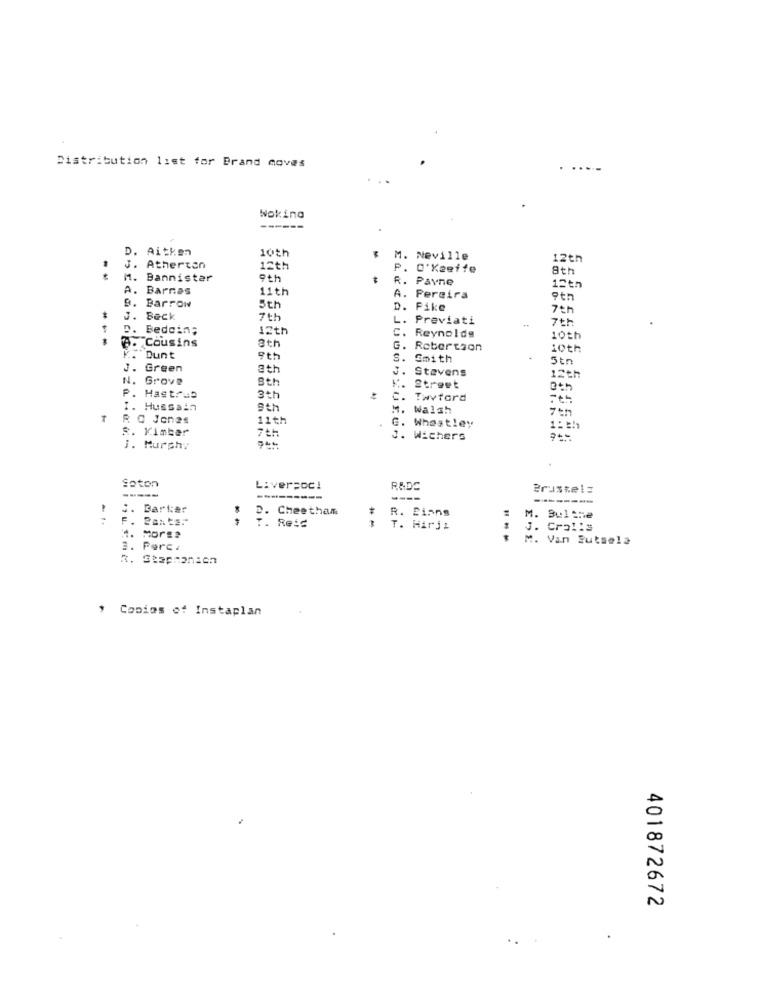
Distribution list for Brand moves
Woking
------
D. Aitken
10th
. Neville
12th
J. Atherton
12th
P. O'Keeffe
8th
- -
M. Bannister
9th
R. Pavne
A. Barnes
11th
12th
A. Pereira
9th
9. Barrow
D. Fike
7th
J. Beck
7th
L. Previati
7th
D. Bedoin;
12th
---
8. Cousins
C. Reynolds
10th
G. Robertson
10th
Dunt
9th
S. Smith
5tn
J. Green
3th
J. Stevens
12th
N. Grove
8th
Street
P. Hastrup
3th
c.
Twvford
I. Hussain
8th
M.
Walsh
R. C Jones
11th
R. Kimber
G. Wheatley
J. Wichers
j. Murphy
Soton
-----
Liver=oc!
Brustel:
----------
----
---------
S. Barker
D.
Cheetham
R. Binns
-
F. 2anta."
M. Bu1the
T. Reid
T. Hirjı
J. Cralis
1. Morse
$ M. Van Sutsela
3. Perc.
R. Stephanien
, Copies of Instaplan
401872672